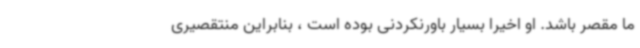
ما مقصر باشد. او اخیراً بسیار باورنکردنی بوده است ، بنابراین منتقصیری